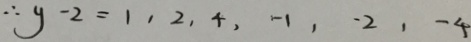
\therefore y - 2 = 1 , 2 , 4 , - 1 , - 2 , - 4